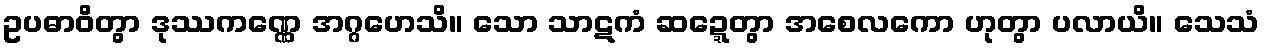
ဥပဓာဝိတွာ ဒုဿကဏ္ဏေ အဂ္ဂဟေသိ။ သော သာဋကံ ဆဍ္ဍေတွာ အစေလကော ဟုတွာ ပလာယိ။ သေသံ